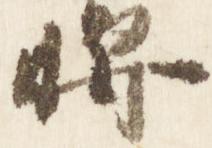
将